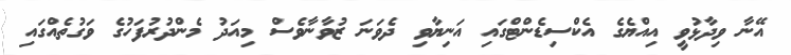
އޭނާ ވިދާޅުވީ އިއްޔެގެ އެކްސިޑެންޓްގައި އަނިޔާވި ދެވަނަ ޒުވާނާވެސް މިއަދު މެންދުރުފަހުގެ ވަގުތެއްގައި